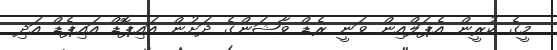
މީގެ ކުރީން އެޕަލްއިން ވަނީ ރެޑް ވާޝަންގެ ދަށުން އައިޕޮޑް އައިޕެޑް އަދި